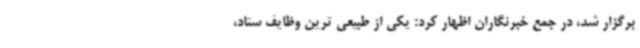
برگزار شد، در جمع خبرنگاران اظهار کرد: یکی از طبیعی ترین وظایف ستاد،